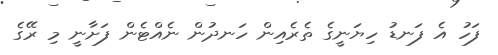
ފަހު އެ ފަނޑު ހިޔަނީގެ ތެރެއިން ހަނދުން ނެއްޓެން ފަށާނީ މި ރޭގެ